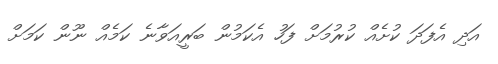
އަދި އެފަދަ ކުށެއް ކުރުމަށް ފަހު އެކަމުން ބަރީއަވާނެ ކަމެއް ނޫން ކަމަށް